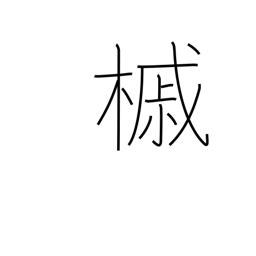
Meaning: maple tree